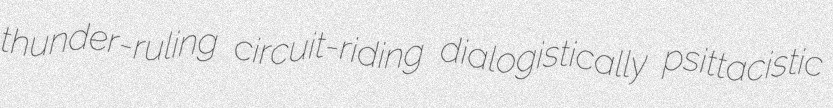
thunder-ruling circuit-riding dialogistically psittacistic